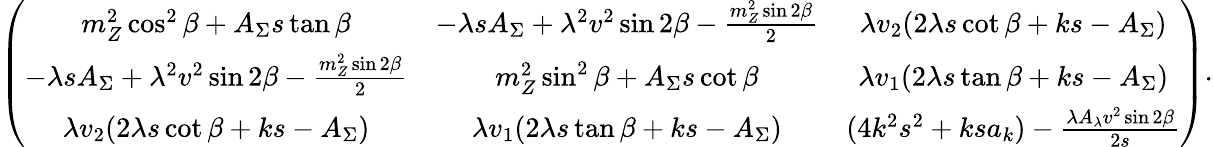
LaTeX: \left(\begin{array}{ccc}{{m_{Z}^{2}\cos^{2}\beta+A_{\Sigma}s\tan\beta}}&{{-\lambda sA_{\Sigma}+\lambda^{2}v^{2}\sin 2\beta-{\frac{m_{Z}^{2}\sin 2\beta}{2}}}}&{{\lambda v_{2}(2\lambda s\cot\beta+ks-A_{\Sigma})}}\\ {{-\lambda sA_{\Sigma}+\lambda^{2}v^{2}\sin 2\beta-{\frac{m_{Z}^{2}\sin 2\beta}{2}}}}&{{m_{Z}^{2}\sin^{2}\beta+A_{\Sigma}s\cot\beta}}&{{\lambda v_{1}(2\lambda s\tan\beta+ks-A_{\Sigma})}}\\ {{\lambda v_{2}(2\lambda s\cot\beta+ks-A_{\Sigma})}}&{{\lambda v_{1}(2\lambda s\tan\beta+ks-A_{\Sigma})}}&{{(4k^{2}s^{2}+ksa_{k})-{\frac{\lambda A_{\lambda}v^{2}\sin 2\beta}{2s}}}}\end{array}\right).